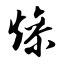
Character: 燥